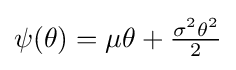
{\textstyle \psi (\theta )=\mu \theta +{\frac {\sigma ^{2}\theta ^{2}}{2}}}